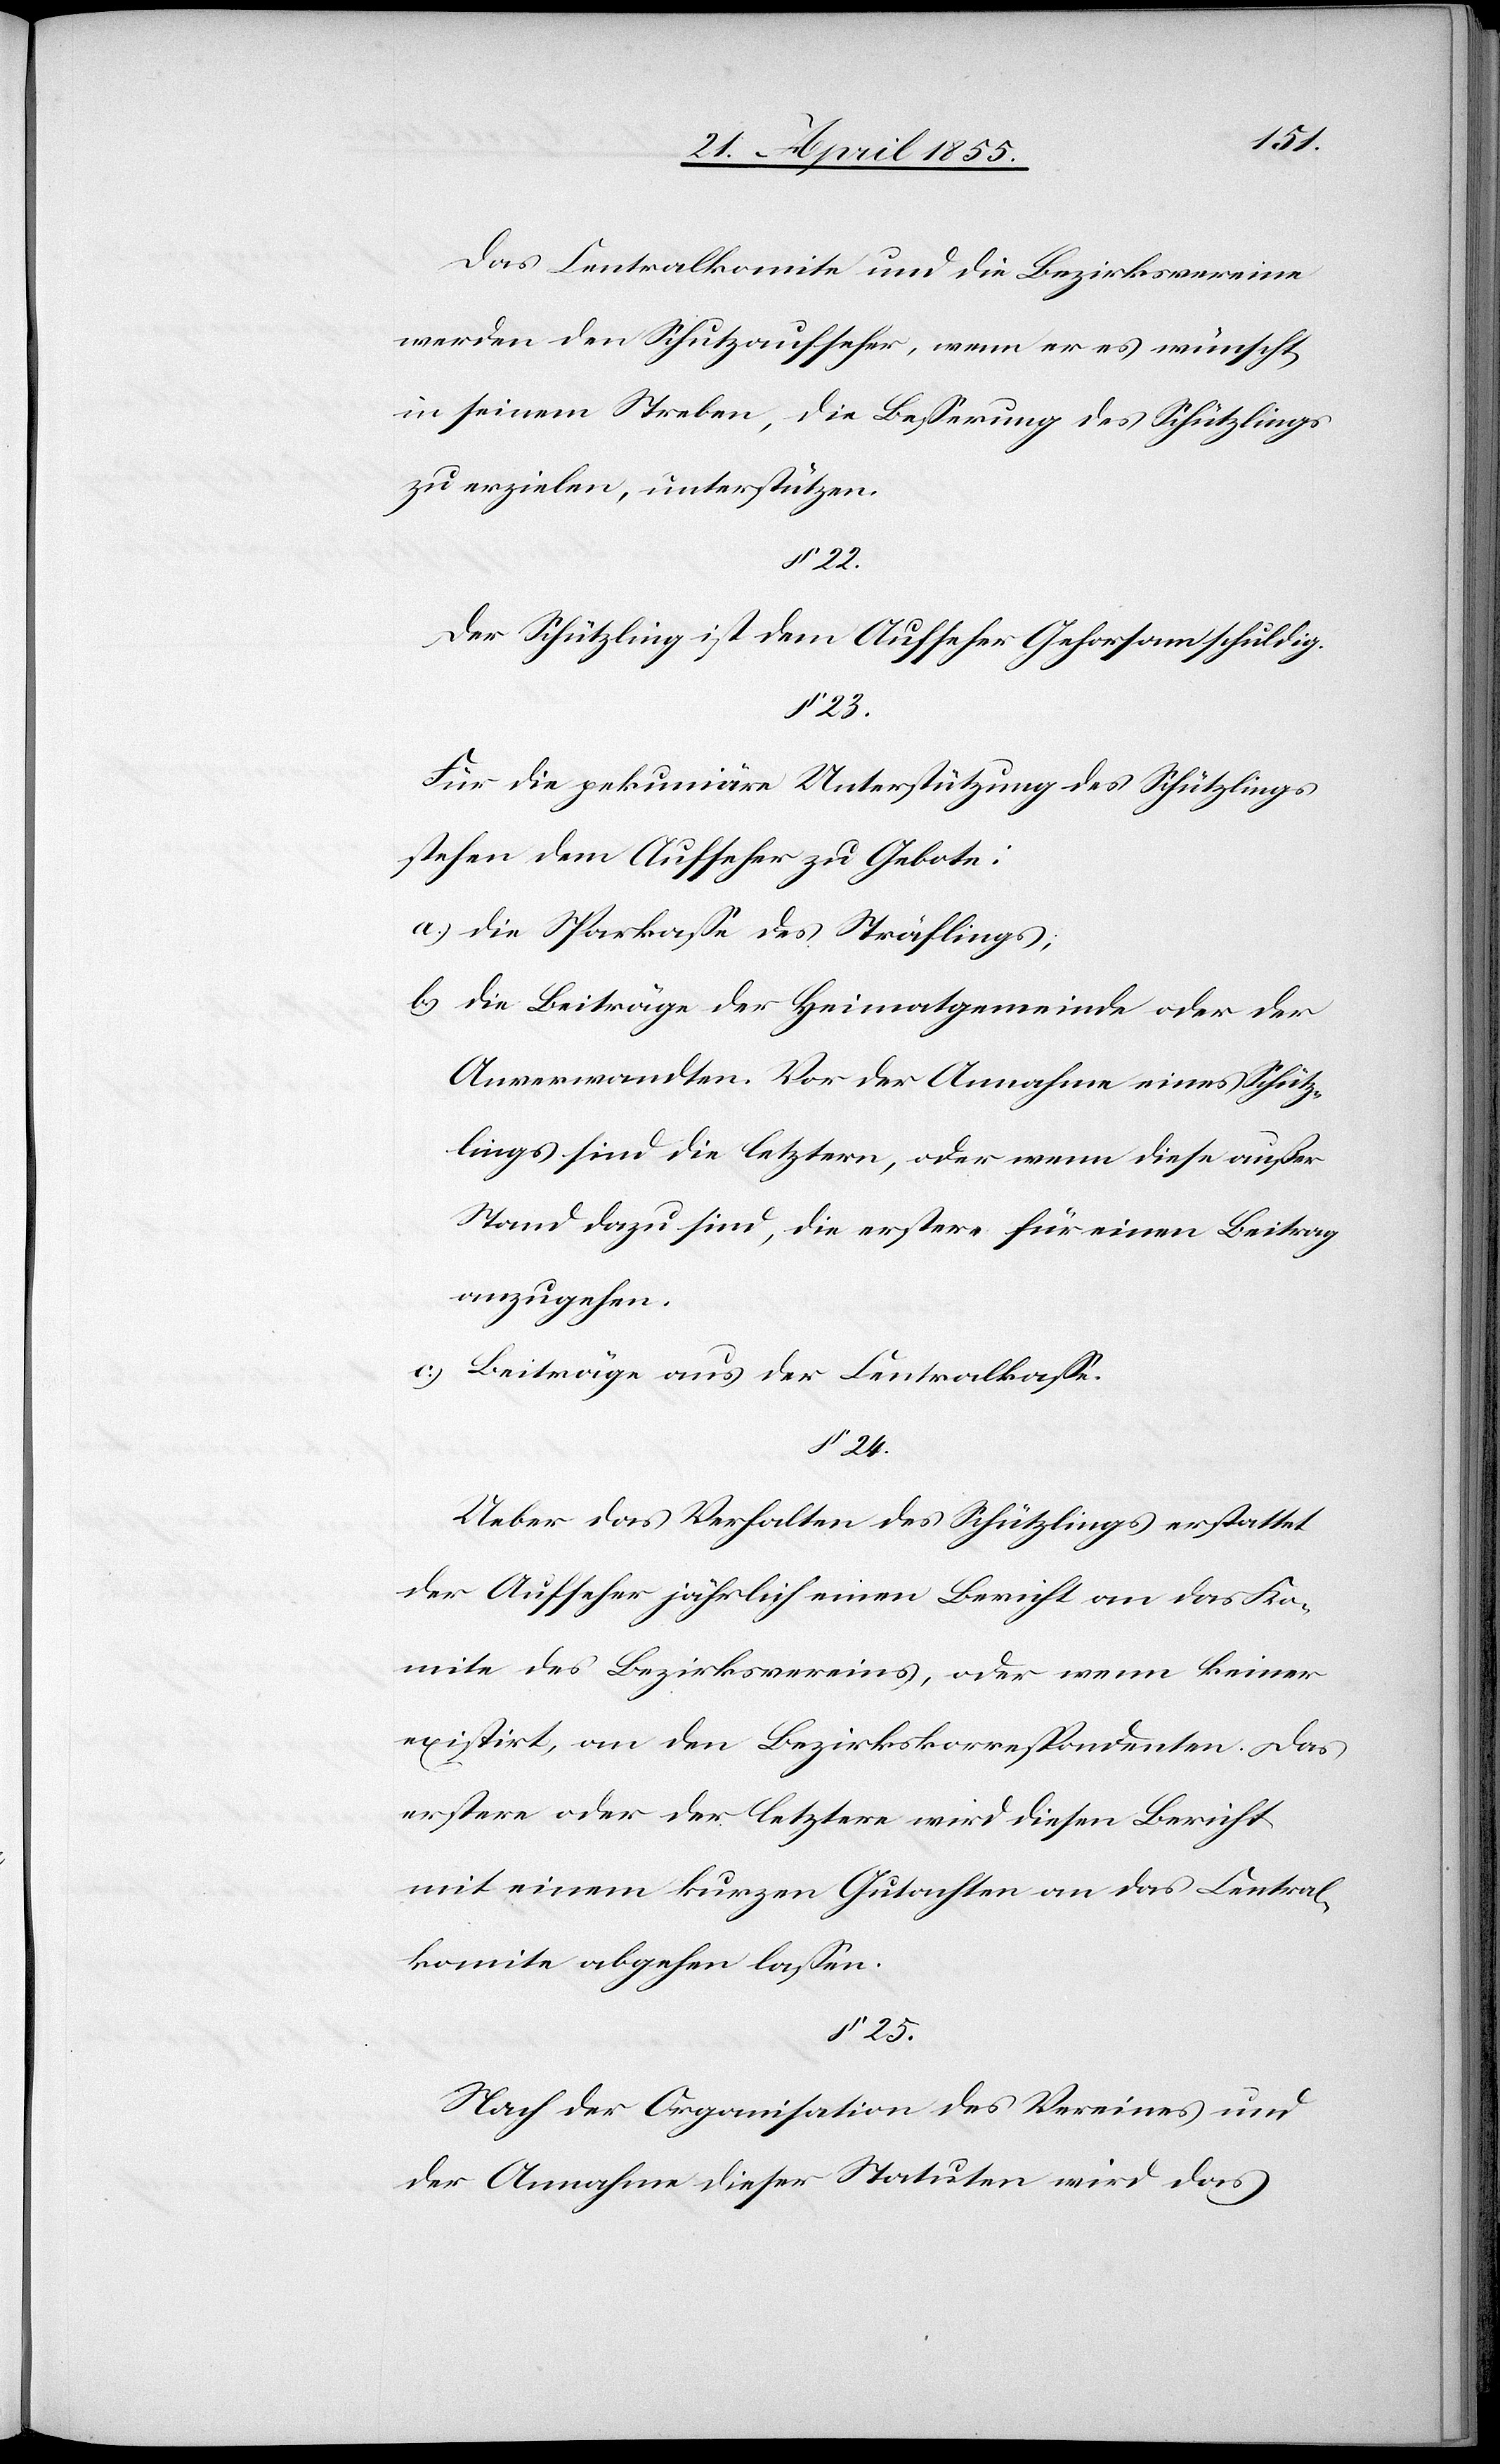
Das Centralkomite und die Bezirksvereine
werden den Schutzaufseher, wenn er es wünscht,
in seinem Streben, die Besserung des Schützlings
zu erzielen, unterstützen.
§ 22.
Der Schützling ist dem Aufseher Gehorsam schuldig.
§ 23.
Für die pekuniäre Unterstützung des Schützlings
stehen dem Aufseher zu Gebote:
die Sparkasse des Sträflings;
die Beiträge der Heimatgemeinde oder der
Anverwandten. Vor der Annahme eines Schütz¬
lings sind die letztern, oder wenn diese außer
Stand dazu sind, die erstere für einen Beitrag
anzugehen.
Beiträge aus der Centralkasse.
§. 24.
Ueber das Verhalten des Schützlings erstattet
der Aufseher jährlich einen Bericht an das Ko¬
mite des Bezirksvereins, oder wenn keiner
existirt, an den Bezirkskorrespondenten. Das
erstere oder der letztere wird diesen Bericht
mit einem kurzen Gutachten an das Central¬
komite abgehen lassen.
§ 25.
Nach der Organisation des Vereines und
der Annahme dieser Statuten wird das